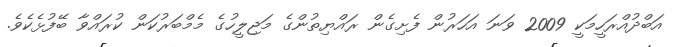
އަބްދުއްރަހީމަކީ 2009 ވަނަ އަހަރުން ފެށިގެން ރައްޔިތުންގެ މަޖިލީހުގެ މެމްބަރުކަން ކުރައްވާ ބޭފުޅެކެވެ.